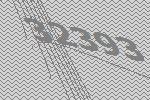
32393